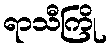
ရာသီကြို